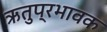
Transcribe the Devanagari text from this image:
ऋतुप्रभावक